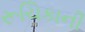
રૂચિકાની